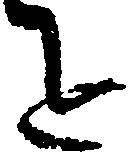
を